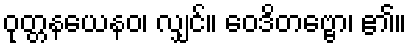
ဝုတ္တနယေနဝ၊ လျှင်။ ဝေဒိတဗ္ဗော၊ ၏။